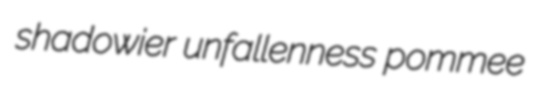
shadowier unfallenness pommee